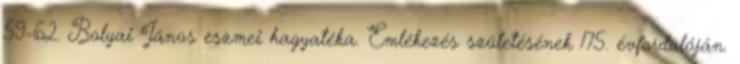
59-62. Bolyai János eszmei hagyatéka. Emlékezés születésének 175. évfordulóján.